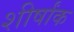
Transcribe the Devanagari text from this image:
शीर्षांक